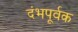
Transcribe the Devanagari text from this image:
दंभपूर्वक